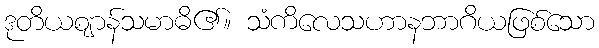
ဒုတိယဈာန်သမာဓိ၏။ သံကိလေသဟာနဘာဂိယဖြစ်သော